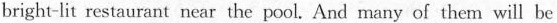
bright-lit restaurant near the pool. And many of them will be